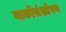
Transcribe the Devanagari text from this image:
नार्कोसंश्लेषण